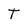
Character: t